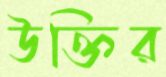
উক্তির